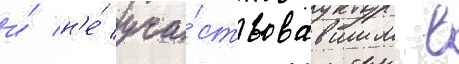
и́ н'е́ уча́ствовавшим в